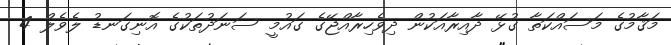
މަޤާމުގެ މަސައްކަތާ ގުޅޭ ދާއިރާއަކުން ދިވެހިރާއްޖޭގެ ގައުމީ ސަނަދުތަކުގެ އޮނިގަނޑު ލެވެލް 4